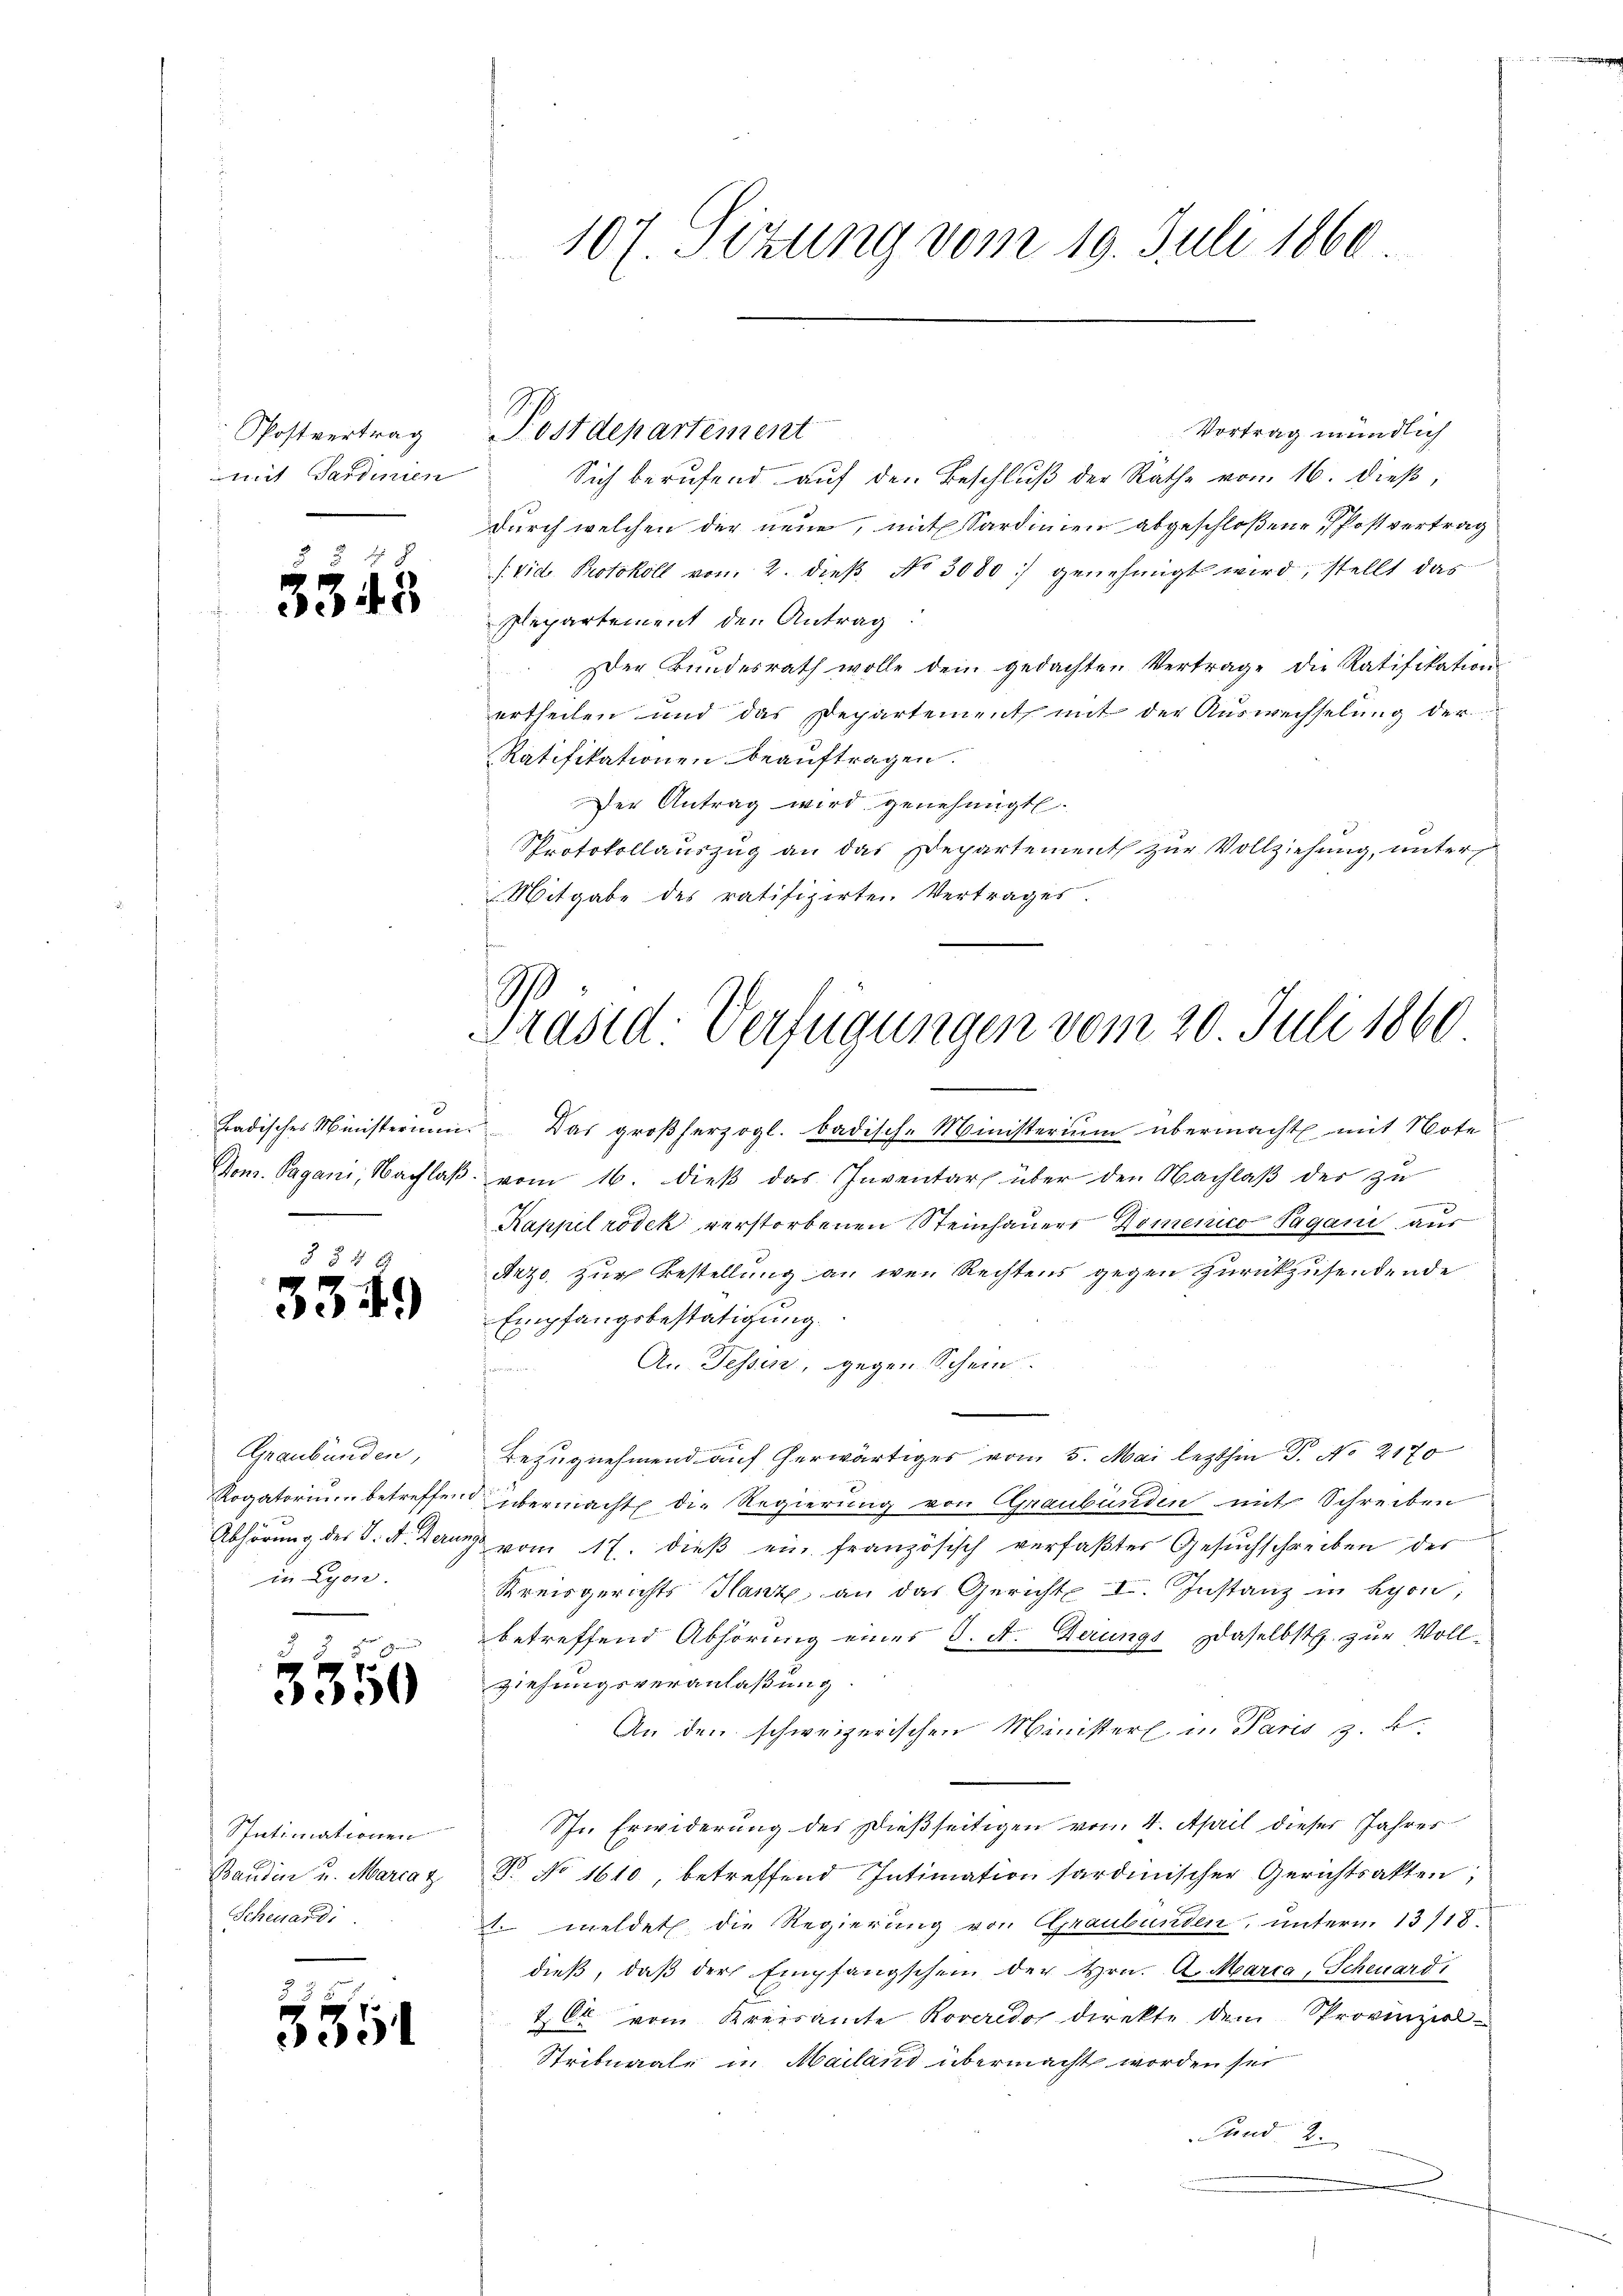
Postvertrag
mit Sardinien

§ 82
3343

3349

Graubünden,
Rogatorium betreffe
in Lyon.

3350

Spntimationen
Scheuerdi

55

Vortrag mündlich
Sich berufend auf den Beschluß der Räthe vom 16. dieß,
durch welchen der neue, mit Sardinien abgeschloßene Postvertrag
/ Vide Protokoll von 2. dieß No 3000 :/ genehmigt wird, stellt das
Plepartement den Antrag:
Der Bŭndesrath wolle dem gedachten Vertrage die Ratifikation
ertheilen und das Departement mit der Auswechselung der
Ratifikationen beauftragen.
Der Antrag wird genehmigt.
Protokollauszug an das Departement zur Vollziehung, unter
Mitgabe des ratifizirten Vertrages.

107. Sizung vom 19. Juli 1860

Postdepartement

Präsid: Verfügungen vom 20. Juli 1860

Badisches Ministerium. Das großherzogl. badisch-Ministerium übermacht mit Note
Dom. Pagani, Nachlaβ vom 16. dieβ das Inventar über den Nachlaβ der zu
Kappel rödek verstorbenen Steinhauers Domenico Pagani aus
Arzo, zur Bestellung an wen Rechtens gegen zurückzusendende
Empfangsbestätigung.
An Tessin, gegen Schein
Bezugnehmend auf herwärtiges vom 5. Mai lezthin P. No 2170
u übermacht die Regierung von Graubünden mit Schreiben
Abhörung des S. A. Derung vom 17. dieß ein französisch verfaßter Gesuchschreiben der
Kreisgerichts Hanz an das Gericht I. Instanz in Lyon,
betreffend Abhörung eines C. A. Berungs daselbst zur Voll-
ziehungsveranlaßung
An den schweizerischen Minister in Paris z. B.
Sr. Erwiderung des Dießseitigen vom 4. April dieser Jahres
Baŭdin u. Marcaz T. No 1610, betreffend Intimation sardinischer Gerichtsakten;
 meldet die Regierung von Graubünden, unterm 13/18.
dieß, daß der Empfangschein der Hrn. A. Marca, Scheuerdi
2C vom Kreisamte Roveredo direkte dem Provinziel¬
Stribunale in Mailand übermacht worden sei
Fund 2.

¬